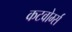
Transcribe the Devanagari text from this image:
कटवोर्म्स